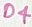
Text: D4